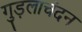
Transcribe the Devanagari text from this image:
गुड़लाचंदन